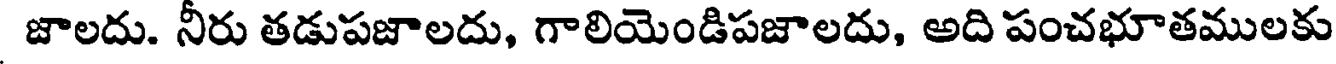
జాలదు. నీరు తడుపజాలదు, గాలియెండిపజాలదు, అది పంచభూతములకు